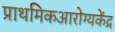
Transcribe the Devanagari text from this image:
प्राथमिकआरोग्यकेंद्र